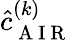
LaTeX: \hat{c}_{\mathrm{~A~I~R~}}^{(k)}